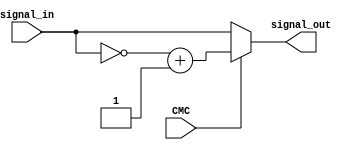
module twos_compliment
(
	input CMC,
	input[7:0] signal_in,
	output [7:0] signal_out
);

assign signal_out = (CMC)? (~signal_in)+1'b1: signal_in;

endmodule